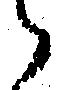
々